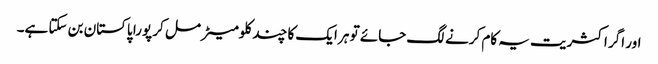
اور اگر اکثریت یہ کام کرنے لگ جائے تو ہر ایک کا چند کلومیٹر مل کر پورا پاکستان بن سکتا ہے۔